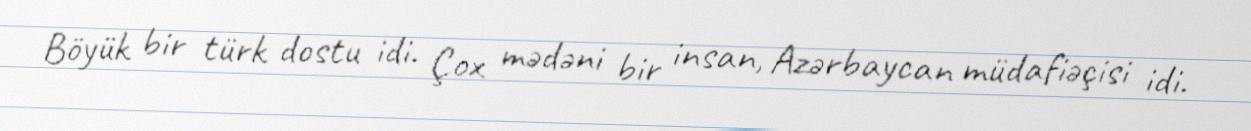
Böyük bir türk dostu idi. Çox mədəni bir insan, Azərbaycan müdafiəçisi idi.